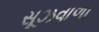
સૂઝવાળા